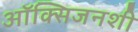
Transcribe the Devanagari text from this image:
ऑक्सिजनशी